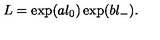
L = \exp ( a l _ { 0 } ) \exp ( b l _ { - } ) .